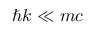
\hbar k \ll m c